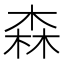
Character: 森